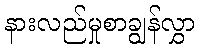
နားလည်မှုစာချွန်လွှာ